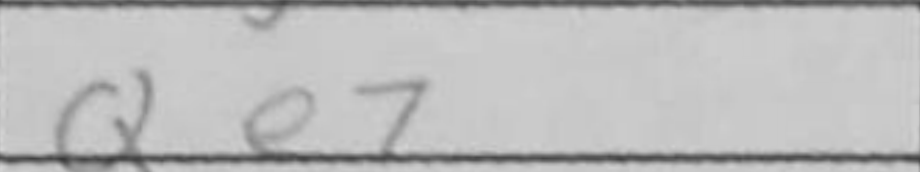
Transcription: Qe7